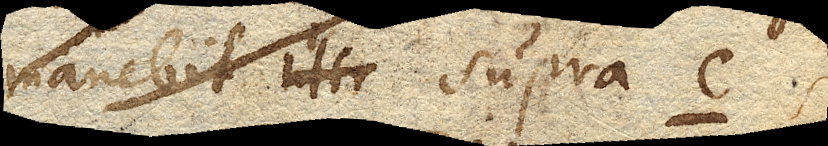
manebit supra c.